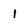
Character: 1